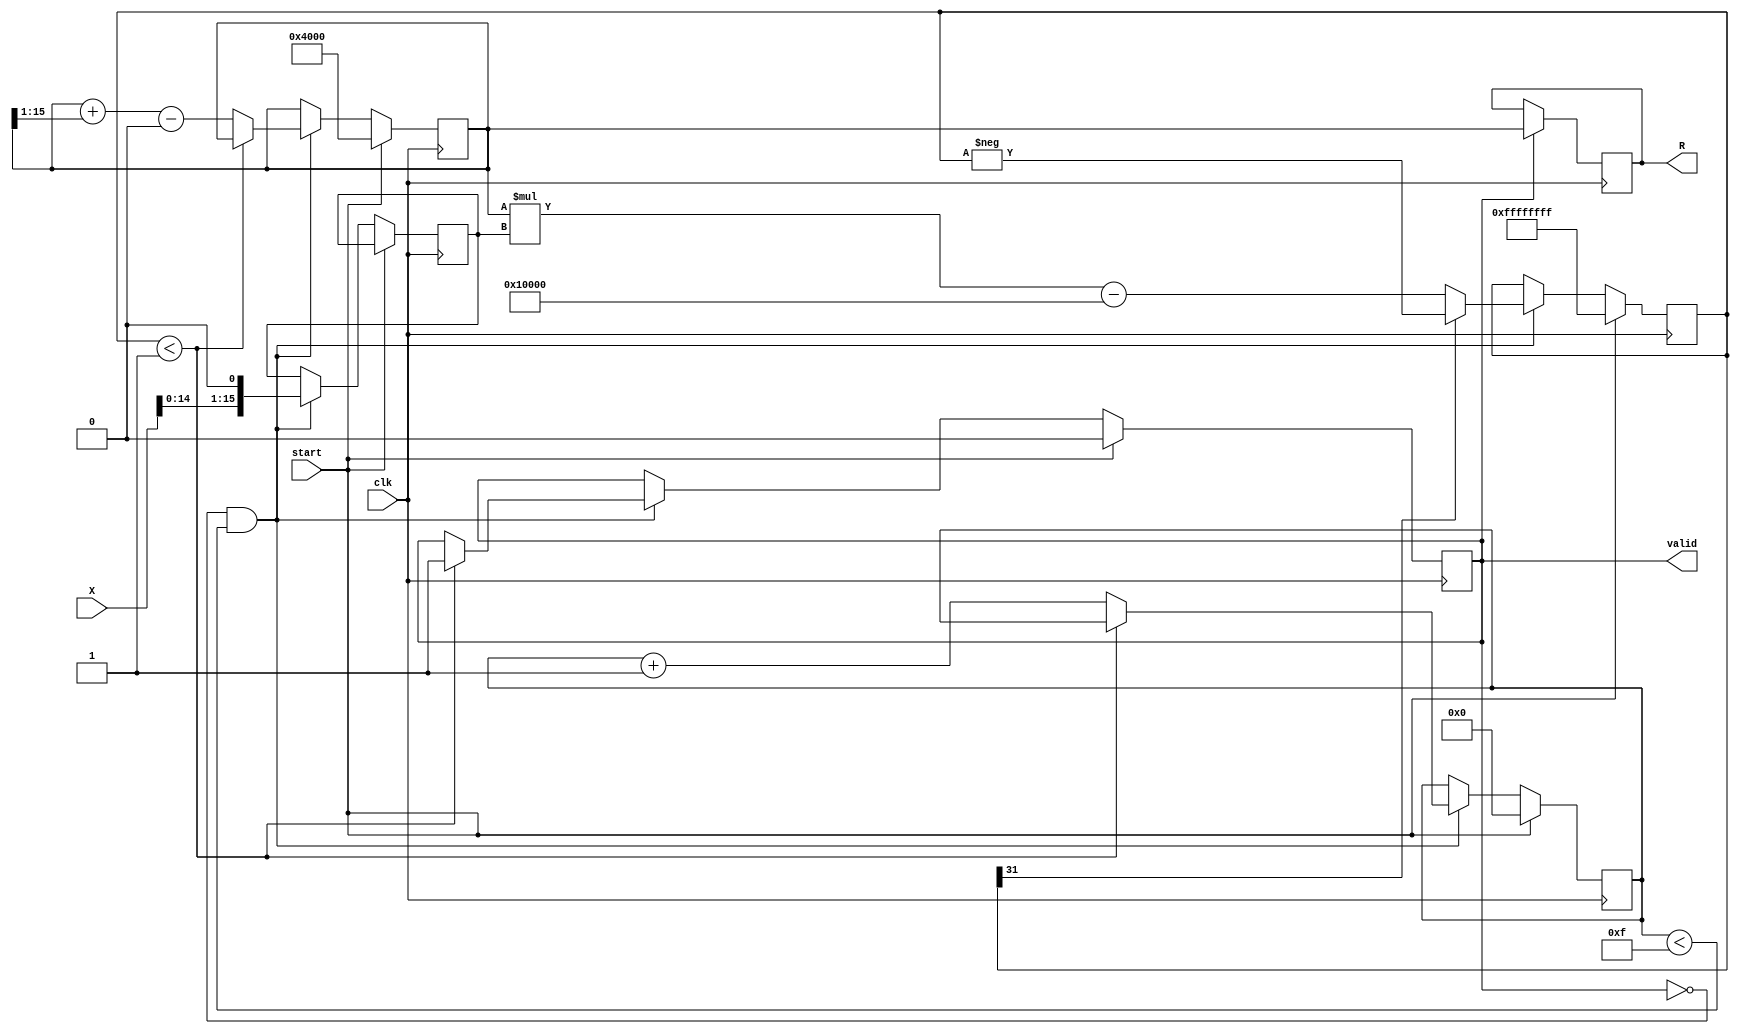
module BitwiseReciprocal #(parameter N = 16)
(
    input  wire [N-1:0] X, // Input N-bit unsigned integer
    input  wire          clk, // Clock signal
    input  wire          start, // Start signal for the calculation
    output reg  [N-1:0] R, // Output N-bit reciprocal
    output reg          valid // Signal indicating output is valid
);

    reg [N-1:0] approx; // Current approximation of reciprocal
    reg [31:0] error; // Error in current approximation
    reg [N-1:0] X_shifted; // Shifted value of input X
    reg [5:0] iteration_count; // Iteration counter
    parameter MAX_ITER = 15; // Maximum iterations for convergence
    parameter THRESHOLD = 32'h00000001; // Error threshold

    // Initial conditions
    always @(posedge clk) begin
        if (start) begin
            // Initialize
            approx <= 1 << (N-2); // Initial guess: 2^(N-2)
            valid <= 0;
            iteration_count <= 0;
            error <= 32'hFFFFFFFF; // Start with maximum error
        end
        else if (!valid && (iteration_count < MAX_ITER)) begin
            // Calculate the shifted value of X
            X_shifted <= X << 1; // Shift X left by 1 to account for approximation
            
            // Calculate error: approx * X - 2^N
            error <= (approx * X_shifted) - (1 << N);

            // Check for convergence
            if (error[31]) begin // If error is negative, take absolute
                error <= -error;
            end
            
            // Check if within threshold
            if (error < THRESHOLD) begin
                valid <= 1; // Mark as valid output
            end
            else begin
                // Newton-Raphson iterative refinement
                approx <= approx + (approx >> 1) - (X_shifted * approx >> N);
                iteration_count <= iteration_count + 1; // Increment iteration count
            end
        end
    end

    // Assign final value of R when valid
    always @(posedge clk) begin
        if (valid) begin
            R <= approx; // Final reciprocal output
        end
    end

endmodule